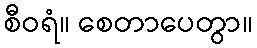
စီဝရံ။ စေတာပေတွာ။